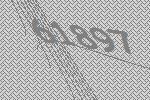
61897